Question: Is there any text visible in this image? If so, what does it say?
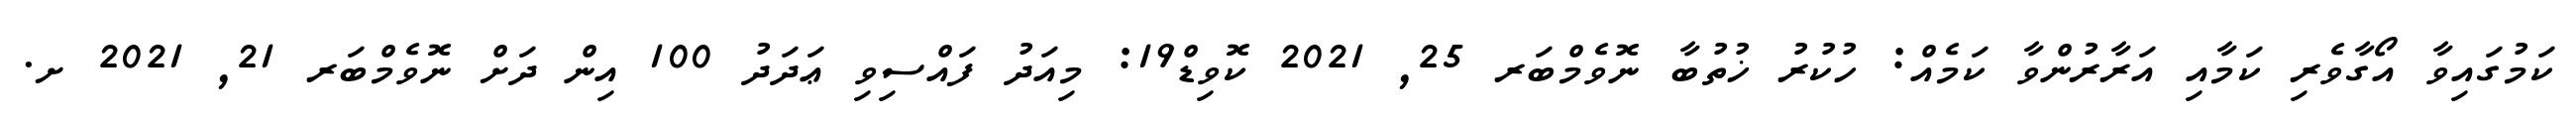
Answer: ކަމުގައިވާ އޯގާވެރި ކަމާއި އަރާރުންވާ ކަމެއް: ހުކުރު ޚުތުބާ ނޮވެމްބަރ 25, 2021 ކޮވިޑް19: މިއަދު ފައްސިވި ޢަދަދު 100 އިން ދަށް ނޮވެމްބަރ 21, 2021 ށ.